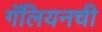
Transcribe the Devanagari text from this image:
गॅलियनची